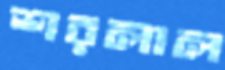
শরলাল